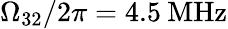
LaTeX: \Omega_{32}/2\pi=4.5\: \mathrm{MHz}